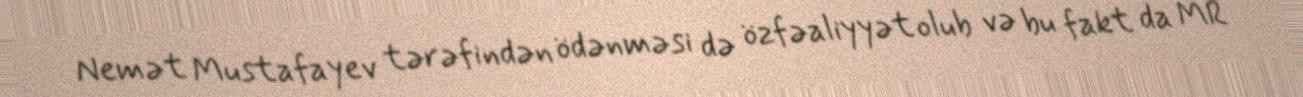
Nemət Mustafayev tərəfindən ödənməsi də özfəaliyyət olub və bu fakt da MR